Vaccination in Bombay 1869-1873 - 1869-1873
Year: 1869
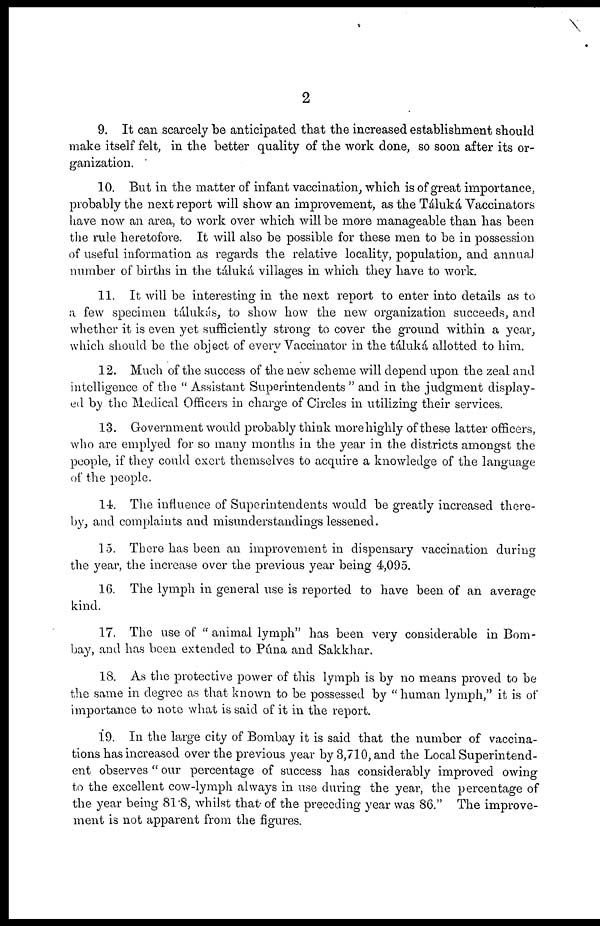
2
9. It can scarcely be anticipated that the increased establishment should
make itself felt, in the better quality of the work done, so soon after its or-
ganization.
10. But in the matter of infant vaccination, which is of great importance,
probably the next report will show an improvement, as the Táluká Vaccinators
have now an area, to work over which will be more manageable than has been
the rule heretofore. It will also be possible for these men to be in possession
of useful information as regards the relative locality, population, and annual
number of births in the táluká villages in which they have to work.
11. It will be interesting in the next report to enter into details as to
a few specimen tálukás, to show how the new organization succeeds, and
whether it is even yet sufficiently strong to cover the ground within a year,
which should be the object of every Vaccinator in the táluká allotted to him.
12. Much of the success of the new scheme will depend upon the zeal and
intelligence of the " Assistant Superintendents " and in the judgment display-
ed by the Medical Officers in charge of Circles in utilizing their services.
13. Government would probably think more highly of these latter officers,
who are emplyed for so many months in the year in the districts amongst the
people, if they could exert themselves to acquire a knowledge of the language
of the people.
14. The influence of Superintendents would be greatly increased there-
by, and complaints and misunderstandings lessened.
15. There has been an improvement in dispensary vaccination during
the year, the increase over the previous year being 4,095.
16. The lymph in general use is reported to have been of an average
kind.
17. The use of " animal lymph" has been very considerable in Bom-
bay, and has been extended to Púna and Sakkhar.
18. As the protective power of this lymph is by no means proved to be
the same in degree as that known to be possessed by " human lymph," it is of
importance to note what is said of it in the report.
19. In the large city of Bombay it is said that the number of vaccina-
tions has increased over the previous year by 3,710, and the Local Superintend-
ent observes " our percentage of success has considerably improved owing
to the excellent cow-lymph always in use during the year, the percentage of
the year being 81.8, whilst that of the preceding year was 86." The improve-
ment is not apparent from the figures.